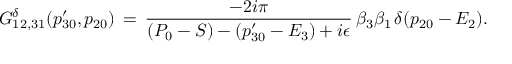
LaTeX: G _ { 1 2 , 3 1 } ^ { \delta } ( p _ { 3 0 } ^ { \prime } , p _ { 2 0 } ) \, = \, { \frac { - 2 i \pi } { ( P _ { 0 } - S ) - ( p _ { 3 0 } ^ { \prime } - E _ { 3 } ) + i \epsilon } } \, \beta _ { 3 } \beta _ { 1 } \, \delta ( p _ { 2 0 } - E _ { 2 } ) .